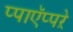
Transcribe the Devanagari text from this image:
प्पाऍप्पऱे